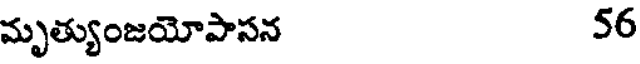
మృత్యుంజయోపాసన 56